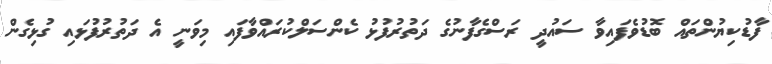
ފާޑުކިޔުންތައް ބޮޑުވެފައިވާ ސައުދީ ރަސްގެފާނުގެ ދަތުރުފުޅު ކެންސަލްކުރައްވާފައި މިވަނީ އެ ދަތުރުފުޅައި ގުޅިގެން